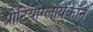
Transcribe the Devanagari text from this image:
प्रोटियोग्लायकॉन